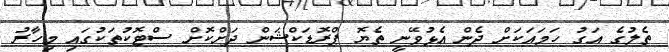
ތެލުގެ އަގު ހަމައަކަށް ދެން އެޅުވޭނީ ތެޔޮ ޕްރޮޑަކްޝަން ދަށްކޮށް ސްޓޮކުތަކުގައި މިހާރު